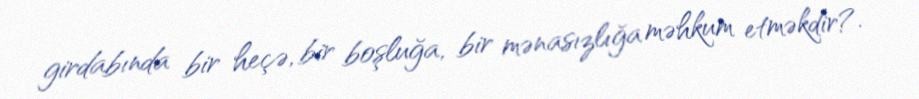
girdabında bir heçə, bir boşluğa, bir mənasızlığa məhkum etməkdir?.